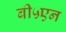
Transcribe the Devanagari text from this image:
बी५एन